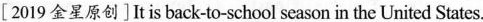
[2019金星原创] It is back-to-school season in the United States.